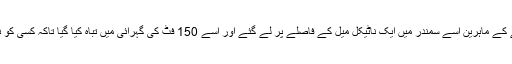
جس کی وجہ سے بم ناکارہ بنانے کے ماہرین اسے سمندر میں ایک ناٹیکل میل کے فاصلے پر لے گئے اور اسے 150 فٹ کی گہرائی میں تباہ کیا گیا تاکہ کسی کو نقصان پہنچنے کا احتمال نہ رہے۔